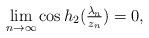
LaTeX: \begin{align*} \lim_{n \to \infty} \cos h_2 (\tfrac{\lambda_n}{z_n}) = 0, \end{align*}